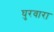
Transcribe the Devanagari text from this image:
घुरवारा